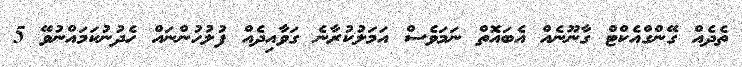
ތެދެއް ގޭންގްއެކްޓް ގާނޫނެއް އެބައޮތް ނަމަވެސް އަމަލުކުރާނެ ގަވާއިދެއް ފުލުހުންނައް ހެދުނުކަމައްނުވޭ 5